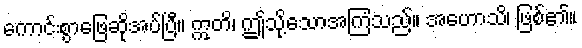
ကောင်းစွာဖြေဆိုအပ်ပြီ။ ဣတိ၊ ဤသို့သောအကြံသည်။ အဟောသိ၊ ဖြစ်၏။